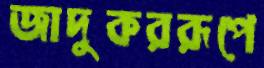
জাদুকররূপে